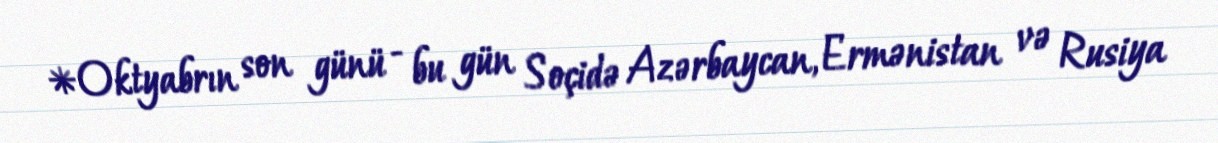
*Oktyabrın son günü - bu gün Soçidə Azərbaycan, Ermənistan və Rusiya